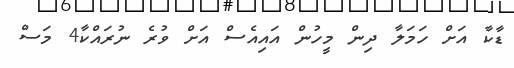
ޑާކާ އަށް ހަމަލާ ދިން މީހުން އައިއެސް އަށް ވުރެ ނުރައްކާ4 މަސް